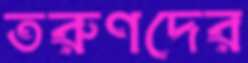
তরুণদের